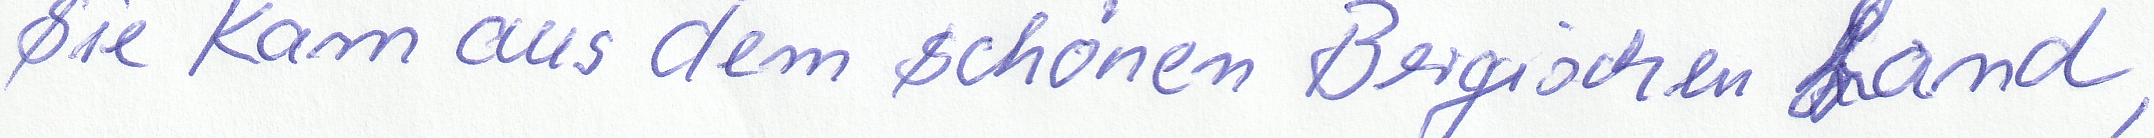
Sie kam aus dem schönen Bergischen Land